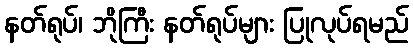
နတ်ရုပ်၊ ဘိုကြီး နတ်ရုပ်များ ပြုလုပ်ရမည်